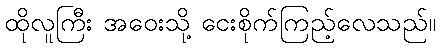
ထိုလူကြီး အဝေးသို့ ငေးစိုက်ကြည့်လေသည်။